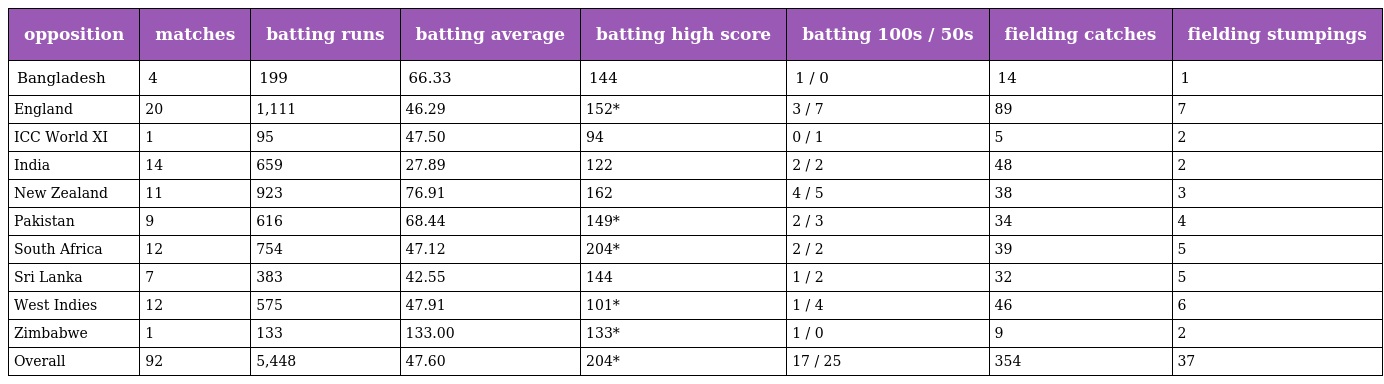
| opposition | matches | batting runs | batting average | batting high score | batting 100s / 50s | fielding catches | fielding stumpings |
 | --- | --- | --- | --- | --- | --- | --- | --- |
 | Bangladesh | 4 | 199 | 66.33 | 144 | 1 / 0 | 14 | 1 |
 | England | 20 | 1,111 | 46.29 | 152* | 3 / 7 | 89 | 7 |
 | ICC World XI | 1 | 95 | 47.50 | 94 | 0 / 1 | 5 | 2 |
 | India | 14 | 659 | 27.89 | 122 | 2 / 2 | 48 | 2 |
 | New Zealand | 11 | 923 | 76.91 | 162 | 4 / 5 | 38 | 3 |
 | Pakistan | 9 | 616 | 68.44 | 149* | 2 / 3 | 34 | 4 |
 | South Africa | 12 | 754 | 47.12 | 204* | 2 / 2 | 39 | 5 |
 | Sri Lanka | 7 | 383 | 42.55 | 144 | 1 / 2 | 32 | 5 |
 | West Indies | 12 | 575 | 47.91 | 101* | 1 / 4 | 46 | 6 |
 | Zimbabwe | 1 | 133 | 133.00 | 133* | 1 / 0 | 9 | 2 |
 | Overall | 92 | 5,448 | 47.60 | 204* | 17 / 25 | 354 | 37 |